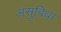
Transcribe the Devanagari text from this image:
असुबिधा